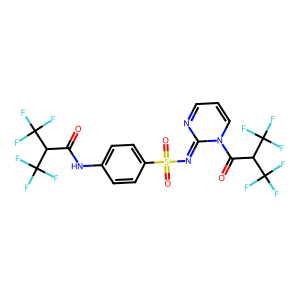
SMILES: O=C(Nc1ccc(S(=O)(=O)N=c2ncccn2C(=O)C(C(F)(F)F)C(F)(F)F)cc1)C(C(F)(F)F)C(F)(F)F
Inhibits HIV replication: No